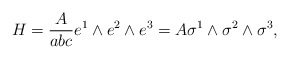
\begin{align*}H=\frac A{abc}e^1\wedge e^2\wedge e^3=A\sigma ^1\wedge \sigma ^2\wedge\sigma ^3,\end{align*}